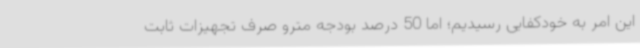
این امر به خودکفایی رسیدیم؛ اما 50 درصد بودجه مترو صرف تجهیزات ثابت